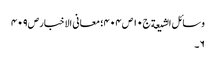
وسائل الشیعة ج١٠ ص ٤٠٤؛ معانی الاخبار ص٤٠٩
٦۔